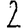
Digit: 2